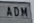
ADM